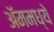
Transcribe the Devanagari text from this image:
ॲममध्ये